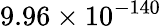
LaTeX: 9.96\times 10^{-140}